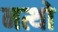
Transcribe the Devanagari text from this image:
नत्थो